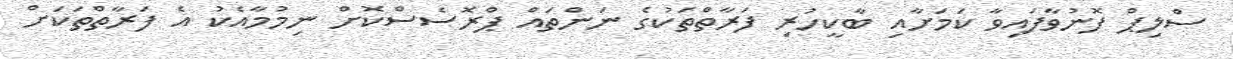
ސްލިޕް ފޮނުވާފައިވާ ކަމަށާއި ބާކީހުރި ފަރާތްތަކުގެ ނަންތައް ޕްރޮސެސްކޮށް ނިމުމާއެކު އެ ފަރާތްތަކަށް